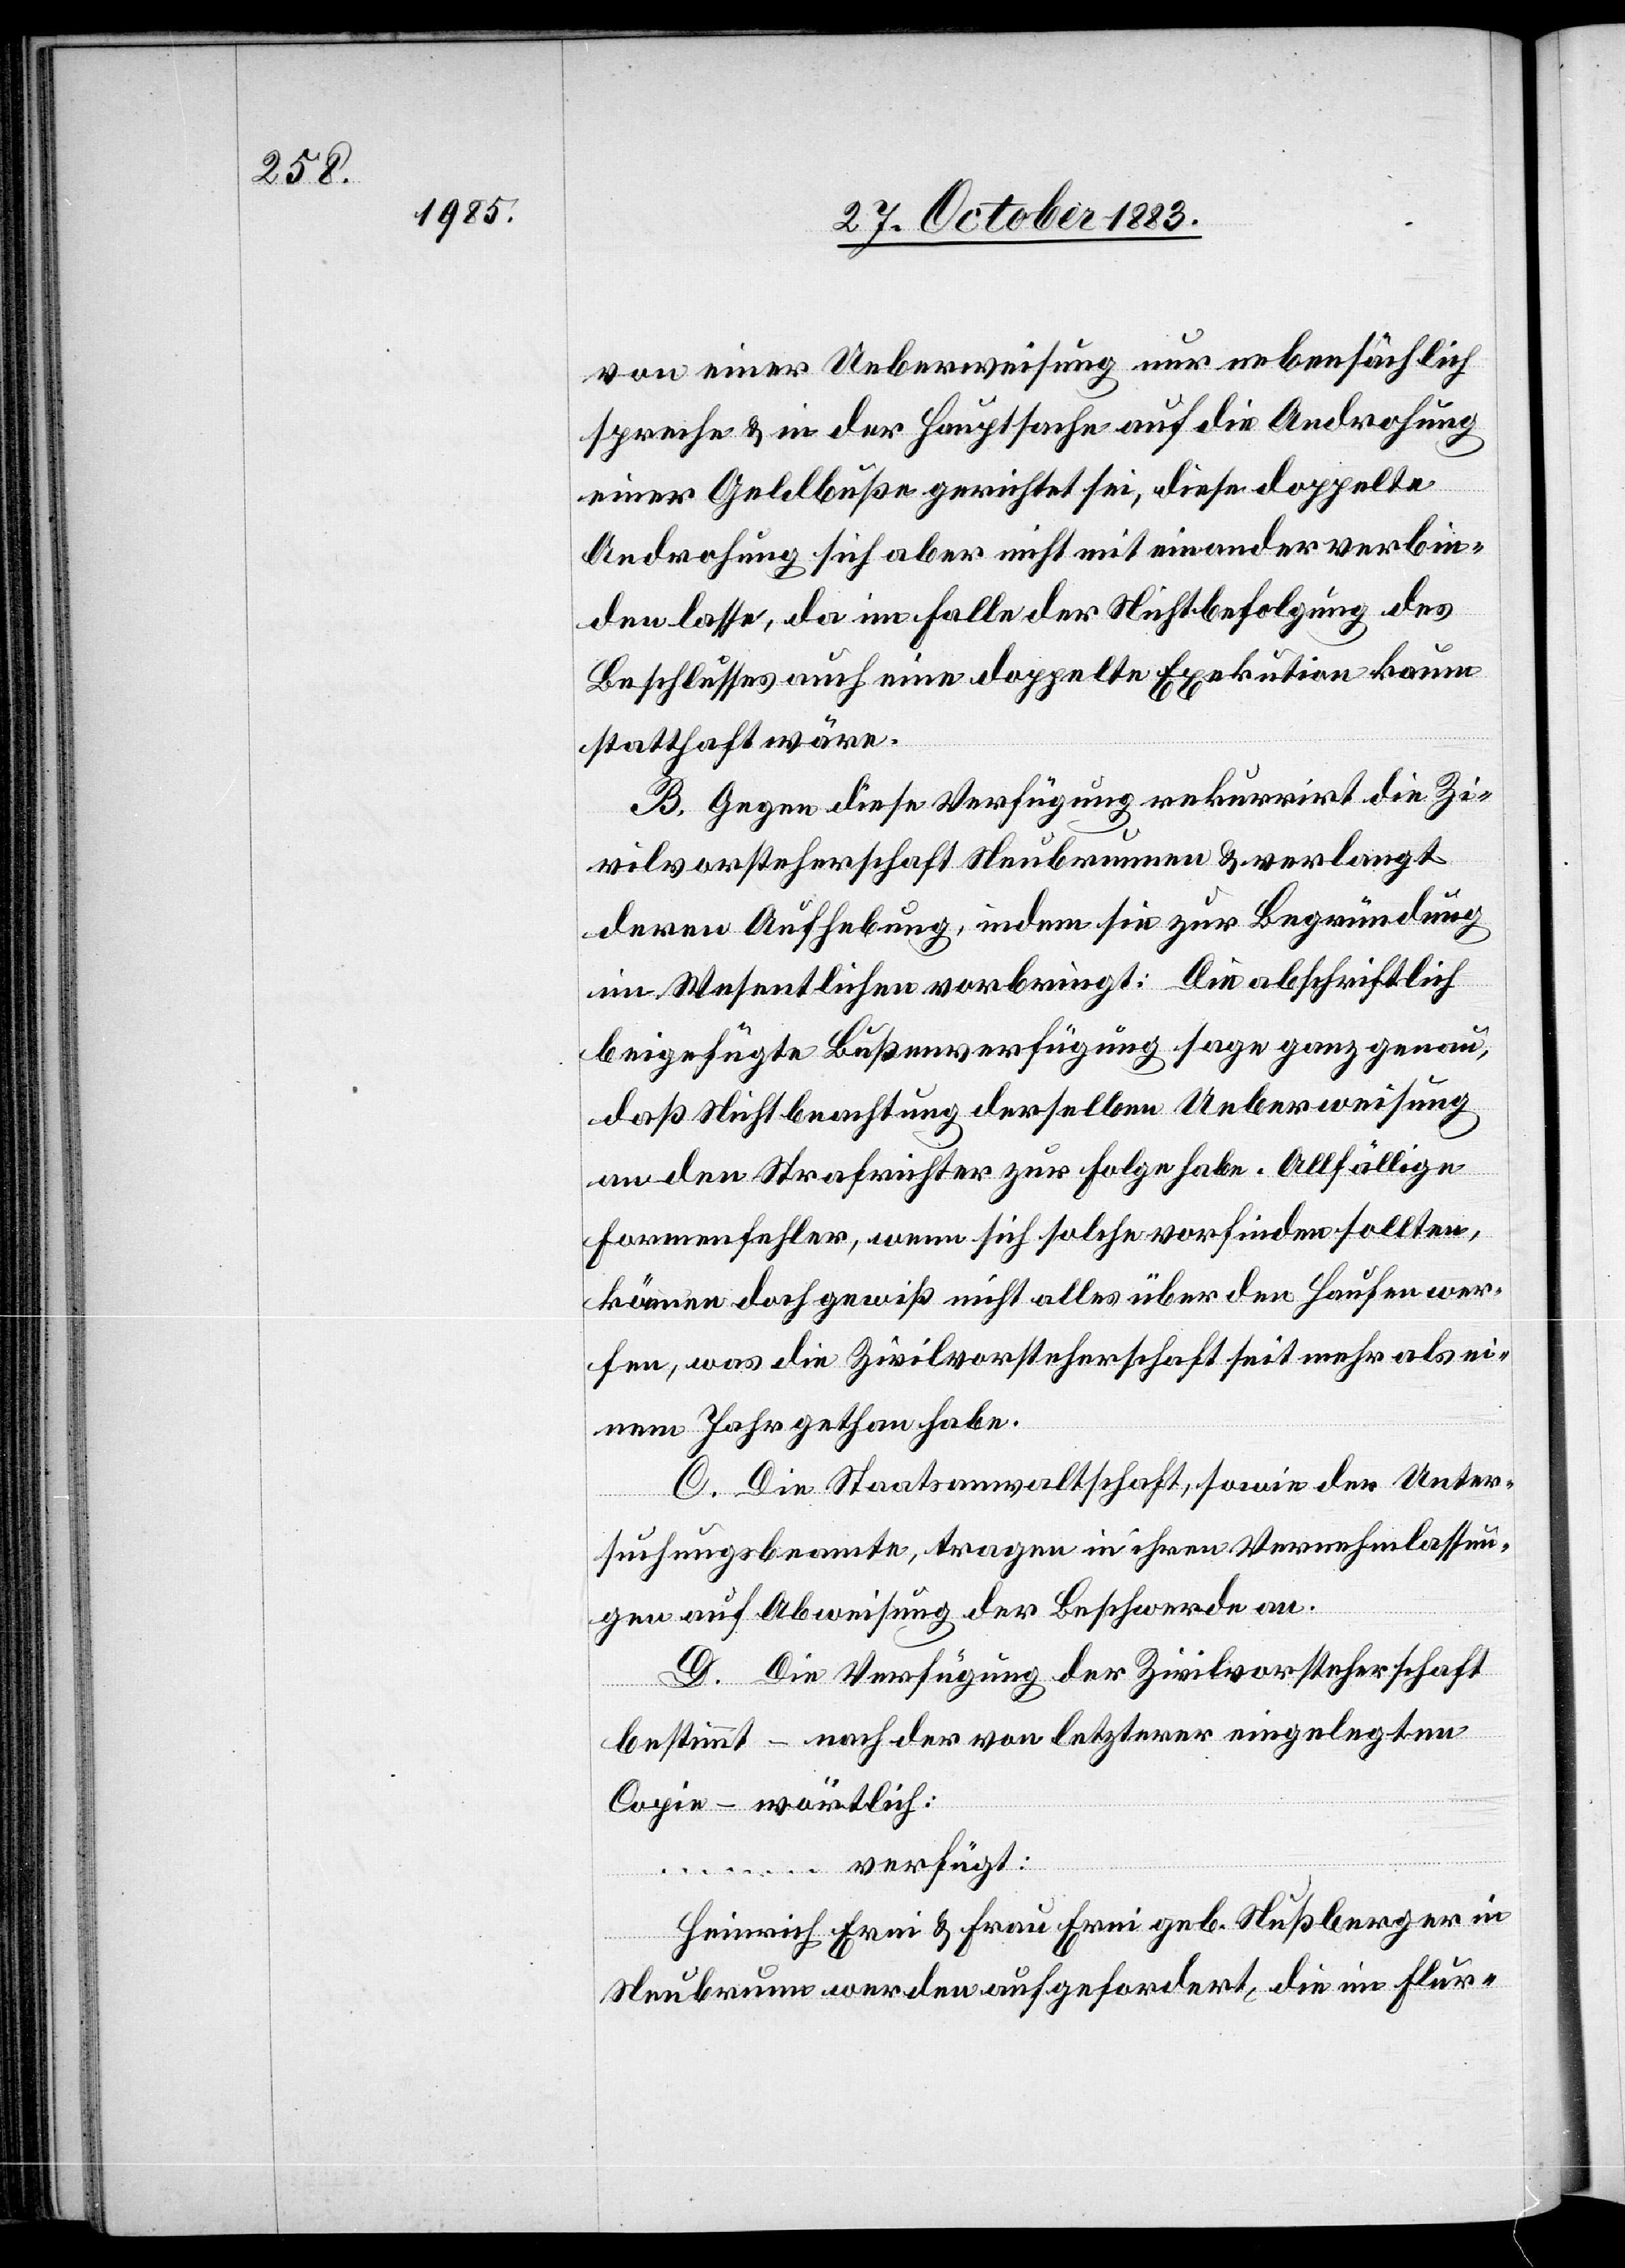
von einer Ueberweisung nur nebensächlich
spreche & in der Hauptsache auf die Androhung
einer Geldbuße gerichtet sei, diese doppelte
Androhung sich aber nicht miteinander verbin¬
den lasse, da im Fall der Nichtbefolgung des
Beschlusses auch eine doppelte Exekution kaum
statthaft wäre.
B. Gegen diese Verfügung rekurrirt die Zi¬
vilvorsteherschaft Neubrunnen & verlangt
deren Aufhebung, indem sie zur Begründung
im Wesentlichen vorbringt: Die abschriftlich
beigefügte Bußenverfügung sage ganz genau,
daß Nichtbeachtung derselben Ueberweisung
an den Strafrichter zur Folge habe. Allfällige
Formenfehler, wenn sich solche vorfinden sollten,
können doch gewiß nicht alles über den Haufen wer¬
fen, was die Zivilvorsteherschaft seit mehr als ei¬
nem Jahr gethan habe.
C. Die Staatsanwaltschaft, sowie der Unter¬
suchungsbeamte, tragen in ihren Vernehmlassun¬
gen auf Abweisung der Beschwerde an.
D. Die Verfügung der Zivilvorsteherschaft
bestimmt – nach der von letzterer eingelegten
Copie – wörtlich:
… verfügt:
„Heinrich Erni & Frau Erni geb. Nußberger in
Neubrunn werden aufgefordert, die im Flur-